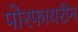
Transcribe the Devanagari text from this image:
पोरफायरीन